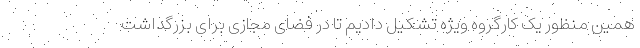
همین منظور یک کارگروه ویژه تشکیل دادیم تا در فضای مجازی برای بزرگداشت